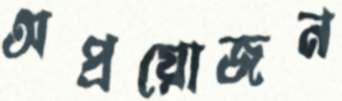
অপ্রয়োজন